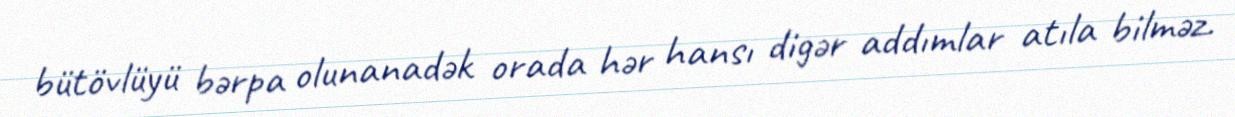
bütövlüyü bərpa olunanadək orada hər hansı digər addımlar atıla bilməz.